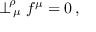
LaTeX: \perp _ { \, \mu } ^ { \! \rho } f ^ { \mu } = 0 \, ,